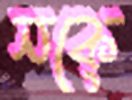
নকে